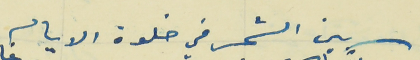
بين الشجر في خلوة الايام